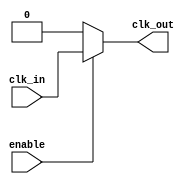
module ClockBuffer (
    input wire clk_in,      // Input single-ended clock
    input wire enable,      // Enable signal for the buffer
    output wire clk_out     // Buffered clock output
);

// Internal wire for buffered clock
wire clk_buf;

// Simple buffering mechanism using inverters
// The following logic can be replaced with more complex buffering if needed
assign clk_buf = clk_in; // Directly connect for simplicity
assign clk_out = enable ? clk_buf : 1'b0; // Output clock when enabled, otherwise low

endmodule